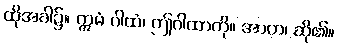
ထိုအခါ၌။ ဣမံ ဂါထံ၊ ဤဂါထာကို။ အာဟ၊ ဆို၏။